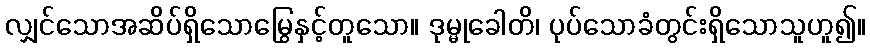
လျှင်သောအဆိပ်ရှိသောမြွေနှင့်တူသော။ ဒုမ္မုခေါတိ၊ ပုပ်သောခံတွင်းရှိသောသူဟူ၍။